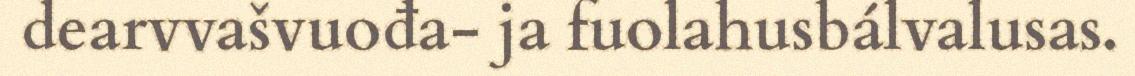
dearvvašvuođa- ja fuolahusbálvalusas.